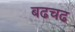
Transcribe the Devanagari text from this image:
बढचढ